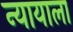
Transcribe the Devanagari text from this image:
न्यायाला